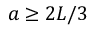
a \ge 2 L / 3